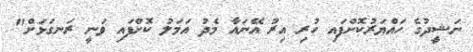
ނަޝީދުގެ ހައްޔަރުކޮށްފައި ހުރި އިރު އޭނައާ މެދު އަމަލު ކޮށްފައި ވަނީ ރަނގަޅަށް"